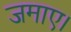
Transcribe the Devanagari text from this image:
जमाए।